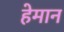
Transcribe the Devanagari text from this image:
हेमान